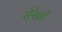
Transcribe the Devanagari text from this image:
सेरेब्रो